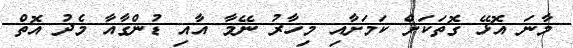
މާނަ އޮޅޭ ގޮތަކަށް ކަމަށާއި މިހާރު ނޭމާ އާއި ޑުންގާއާ މެދު އޮތް